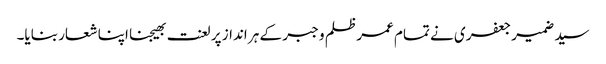
سید ضمیر جعفری نے تمام عمر ظلم و جبر کے ہر انداز پر لعنت بھیجنا اپنا شعار بنایا۔